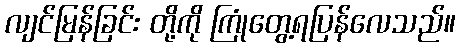
လျင်မြန်ခြင်း တို့ကို ကြုံတွေ့ရပြန်လေသည်။